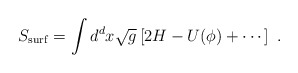
\begin{align*} S_{\mathrm{surf}} = \int d^d x \sqrt{g} \left[ 2 H - U(\phi) +\cdots \right]~.\end{align*}